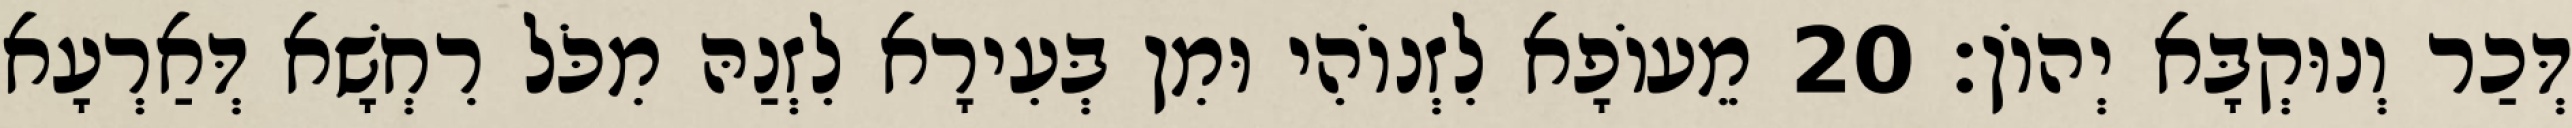
דְּכַר וְנוּקְבָּא יְהוֹן׃ 20 מֵעוֹפָא לִזְנוֹהִי וּמִן בְּעִירָא לִזְנַהּ מִכֹּל רִחְשָׁא דְּאַרְעָא